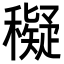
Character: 𥣖